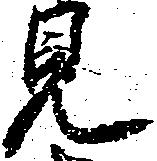
見